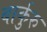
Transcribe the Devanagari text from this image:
बार्कुरु